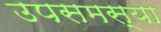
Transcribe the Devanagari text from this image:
उपसमस्या